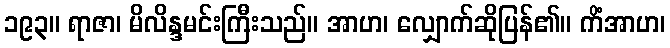
၁၉၃။ ရာဇာ၊ မိလိန္ဒမင်းကြီးသည်။ အာဟ၊ လျှောက်ဆိုပြန်၏။ ကိံအာဟ၊